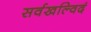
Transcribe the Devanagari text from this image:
सर्वखल्विदं